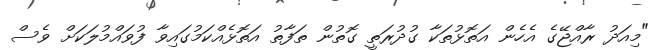
"މިއަދު ރާއްޖޭގެ އެހެން އަތޮޅުތަކާ ގުދުރަތީ ގޮތުން ތަފާތު އަތޮޅެއްކަމުގައިވާ ފުވައްމުލަކަށް ވެސް